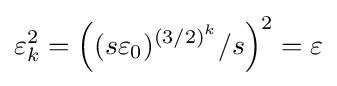
\varepsilon _{k}^{2}=\left((s\varepsilon _{0})^{(3/2)^{k}}/s\right)^{2}=\varepsilon